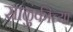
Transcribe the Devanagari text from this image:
साळुंकीच्या